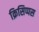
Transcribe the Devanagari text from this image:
क्रिसिप्पस